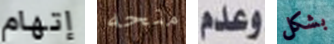
إتهام منحه وعدم بشكل